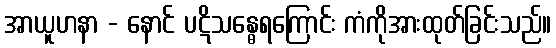
အာယူဟနာ - နောင် ပဋိသန္ဓေရကြောင်း ကံကိုအားထုတ်ခြင်းသည်။